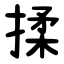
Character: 揉